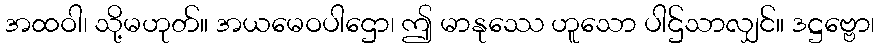
အထဝါ၊ သို့မဟုတ်။ အယမေဝပါဌော၊ ဤ မာနုဿေ ဟူသော ပါဌ်သာလျှင်။ ဒဋ္ဌဗ္ဗော၊